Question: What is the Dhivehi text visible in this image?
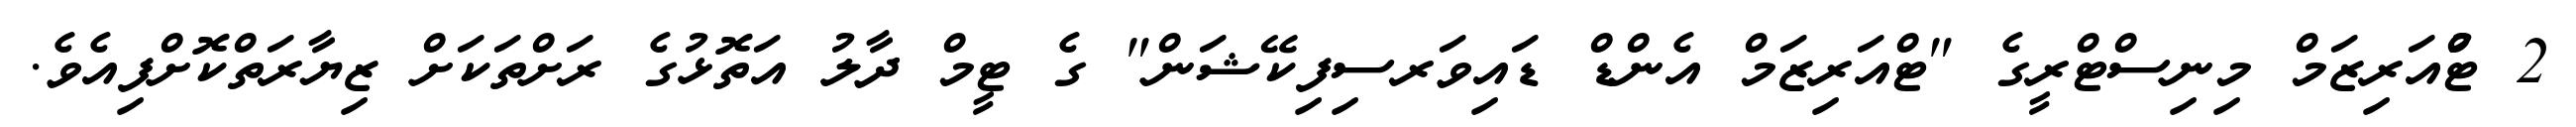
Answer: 2 ޓްުއަރިޒަމް މިނިސްޓްރީގެ "ޓްއަރިޒަމް އެންޑް ޑައިވަރސިފިކޭޝަން" ގެ ޓީމް ދާލު އަތޮޅުގެ ރަށްތަކަށް ޒިޔާރަތްކޮށްފިއެވެ.